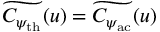
\widetilde { C _ { \psi _ { \mathrm { t h } } } } ( u ) = \widetilde { C _ { \psi _ { \mathrm { a c } } } } ( u )